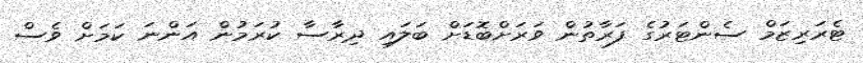
ޓެރަރިޒަމް ސެންޓަރުގެ ފަރާތުން ވަރަށްބޮޑަށް ބަލައި ދިރާސާ ކުރަމުން އަންނަ ކަމަށް ވެސް